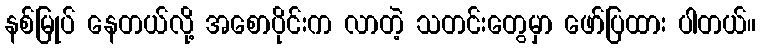
နစ်မြုပ် နေတယ်လို့ အစောပိုင်းက လာတဲ့ သတင်းတွေမှာ ဖော်ပြထား ပါတယ်။